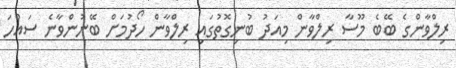
ރިލްވާންގެ ބޭބެ މޫސާ ރިލްވާން މިއަދު ބުނިގޮތުގައި ރިލްވާން ހޯދުމަށް ބޭނުންވާނެ ސައްހަ